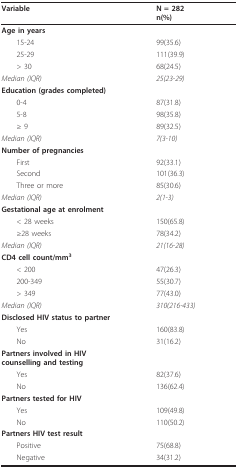
<table><thead><tr><td><b>Variable</b></td><td><b>N = 282n(%)</b></td></tr></thead><tbody><tr><td><b>Age in years</b></td><td>[EMPTY_CELL]</td></tr><tr><td> 15-24</td><td>99(35.6)</td></tr><tr><td> 25-29</td><td>111(39.9)</td></tr><tr><td> &gt; 30</td><td>68(24.5)</td></tr><tr><td><i>Median (IQR)</i></td><td><i>25(23-29)</i></td></tr><tr><td><b>Education (grades completed)</b></td><td>[EMPTY_CELL]</td></tr><tr><td> 0-4</td><td>87(31.8)</td></tr><tr><td> 5-8</td><td>98(35.8)</td></tr><tr><td> ≥ 9</td><td>89(32.5)</td></tr><tr><td><i>Median (IQR)</i></td><td><i>7(3-10)</i></td></tr><tr><td><b>Number of pregnancies</b></td><td>[EMPTY_CELL]</td></tr><tr><td> First</td><td>92(33.1)</td></tr><tr><td> Second</td><td>101(36.3)</td></tr><tr><td> Three or more</td><td>85(30.6)</td></tr><tr><td><i>Median (IQR)</i></td><td><i>2(1-3)</i></td></tr><tr><td><b>Gestational age at enrolment</b></td><td>[EMPTY_CELL]</td></tr><tr><td> &lt; 28 weeks</td><td>150(65.8)</td></tr><tr><td> ≥28 weeks</td><td>78(34.2)</td></tr><tr><td><i>Median (IQR)</i></td><td><i>21(16-28)</i></td></tr><tr><td><b>CD4 cell count/mm<sup>3</sup></b></td><td>[EMPTY_CELL]</td></tr><tr><td> &lt; 200</td><td>47(26.3)</td></tr><tr><td> 200-349</td><td>55(30.7)</td></tr><tr><td> &gt; 349</td><td>77(43.0)</td></tr><tr><td><i>Median (IQR)</i></td><td><i>310(216-433)</i></td></tr><tr><td><b>Disclosed HIV status to partner</b></td><td>[EMPTY_CELL]</td></tr><tr><td> Yes</td><td>160(83.8)</td></tr><tr><td> No</td><td>31(16.2)</td></tr><tr><td><b>Partners involved in HIV</b><b>counselling and testing</b></td><td>[EMPTY_CELL]</td></tr><tr><td> Yes</td><td>82(37.6)</td></tr><tr><td> No</td><td>136(62.4)</td></tr><tr><td><b>Partners tested for HIV</b></td><td>[EMPTY_CELL]</td></tr><tr><td> Yes</td><td>109(49.8)</td></tr><tr><td> No</td><td>110(50.2)</td></tr><tr><td><b>Partners HIV test result</b></td><td>[EMPTY_CELL]</td></tr><tr><td> Positive</td><td>75(68.8)</td></tr><tr><td> Negative</td><td>34(31.2)</td></tr></tbody></table>